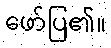
ဖော်ပြ၏။